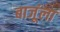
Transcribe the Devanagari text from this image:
बाजूंला